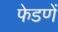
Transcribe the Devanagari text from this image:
फेडणें